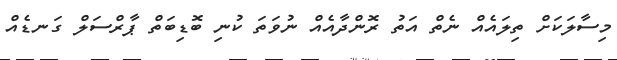
މިސާލަކަށް ތިލައެއް ނެތް އަތު ރޮންދާއެއް ނުވަތަ ކުނި ބޮޑިބަތް ޕާރްސަލް ގަނޑެއް